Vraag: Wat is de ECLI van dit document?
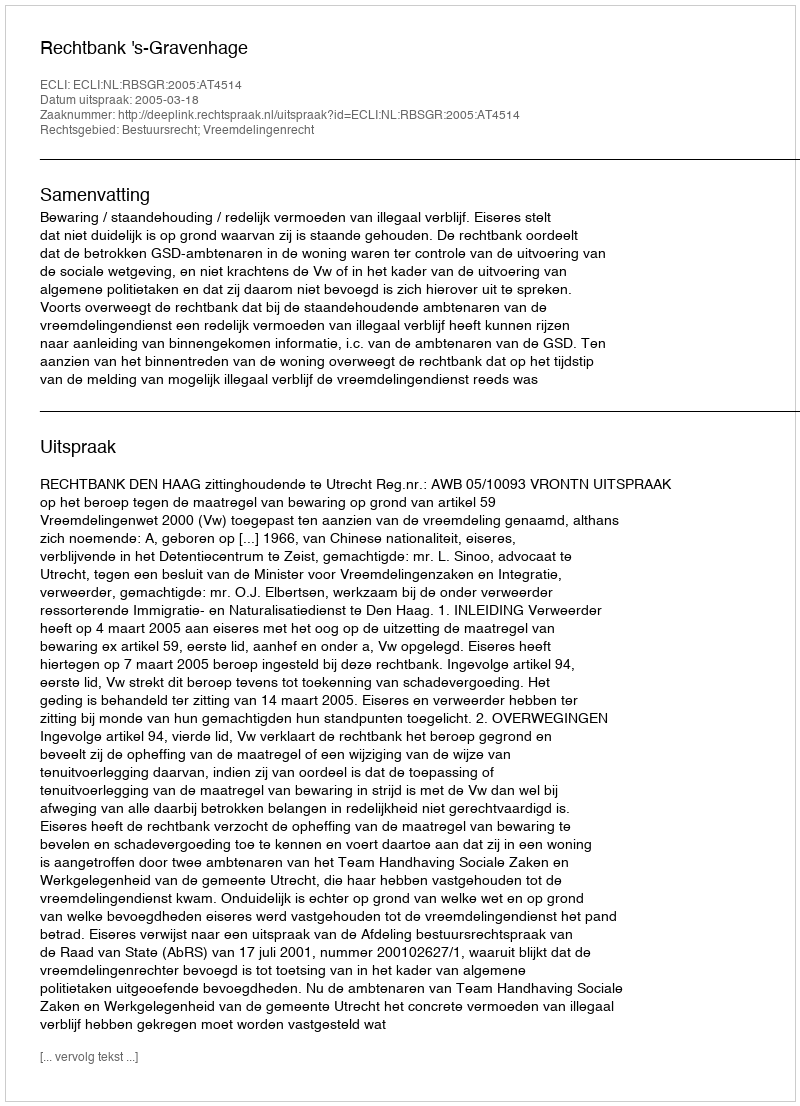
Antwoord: ECLI:NL:RBSGR:2005:AT4514